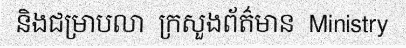
និងជម្រាបលា  ក្រសួងព័ត៌មាន  Ministry